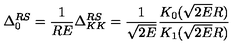
\Delta _ { 0 } ^ { R S } = \frac { 1 } { R E } \Delta _ { K K } ^ { R S } = \frac { 1 } { \sqrt { 2 E } } \frac { K _ { 0 } ( \sqrt { 2 E } R ) } { K _ { 1 } ( \sqrt { 2 E } R ) }